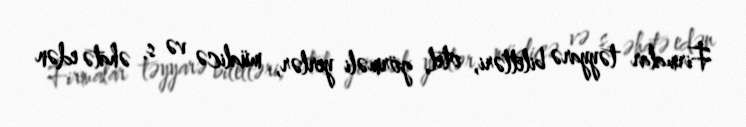
Firmalar təyyarə biletləri, otel, görməli yerlər, müalicə və s. əhatə edən